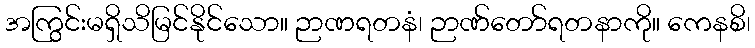
အကြွင်းမရှိသိမြင်နိုင်သော။ ဉာဏရတနံ၊ ဉာဏ်တော်ရတနာကို။ ကေနစိ၊